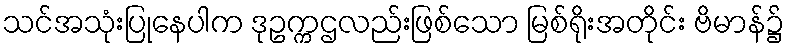
သင်အသုံးပြုနေပါက ဒုဥက္ကဌလည်းဖြစ်သော မြစ်ရိုးအတိုင်း ဗိမာန်၌